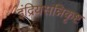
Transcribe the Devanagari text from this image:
इंद्रियसन्निकृष्ट